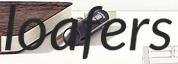
loafers